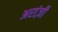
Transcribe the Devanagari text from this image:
अरांज़ी